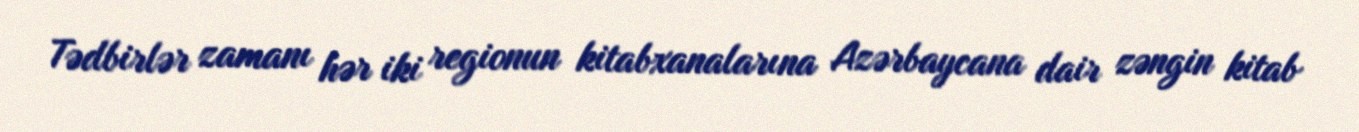
Tədbirlər zamanı hər iki regionun kitabxanalarına Azərbaycana dair zəngin kitab